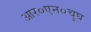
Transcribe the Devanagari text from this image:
आर०एन०चुघ